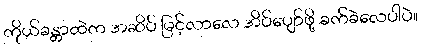
ကိုယ်ခန္တာထဲက အဆိပ် မြင့်လာလေ အိပ်ပျော်ဖို့ ခက်ခဲလေပါပဲ။